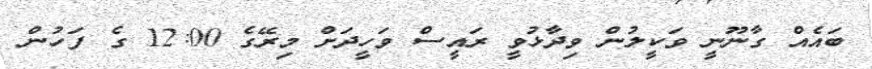
ބައެއް ގާނޫނީ ވަކީލުން ވިދާޅުވީ ރައީސް ވަހީދަށް މިރޭގެ 12:00 ގެ ފަހުން